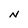
Character: N